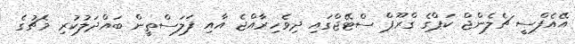
އޭއެފްސީ ޗެލެންޖް ކަޕްގެ ގްރޫޕް ސްޓޭޖްގައި ދިވެހިރާއްޖެ އާއި ފަލަސްތީން ބައްދަލުކުރި މެޗުގެ